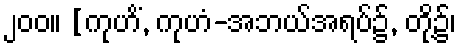
၂၀၀။ [ကုဟိံ, ကုဟံ-အဘယ်အရပ်၌, တို့၌၊